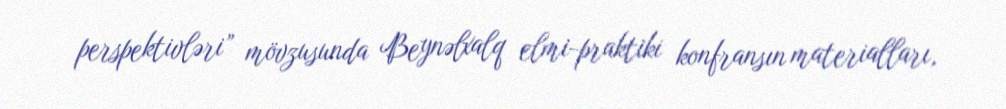
perspektivləri” mövzusunda Beynəlxalq elmi-praktiki konfransın materialları,